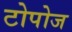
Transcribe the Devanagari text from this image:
टोपोज